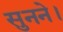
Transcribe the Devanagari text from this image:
सुनने।